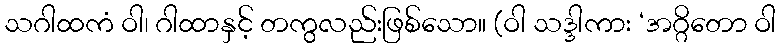
သဂါထကံ ဝါ၊ ဂါထာနှင့် တကွလည်းဖြစ်သော။ (ဝါ သဒ္ဒါကား ‘အဂ္ဂိတော ဝါ